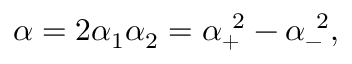
\alpha = 2 \alpha _ { 1 } \alpha _ { 2 } = \alpha _ { + } ^ { ~ 2 } - \alpha _ { - } ^ { ~ 2 } ,